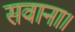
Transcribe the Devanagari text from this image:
सवाना।